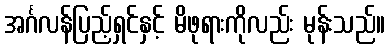
အင်္ဂလန်ပြည့်ရှင်နှင့် မိဖုရားကိုလည်း မုန်းသည်။